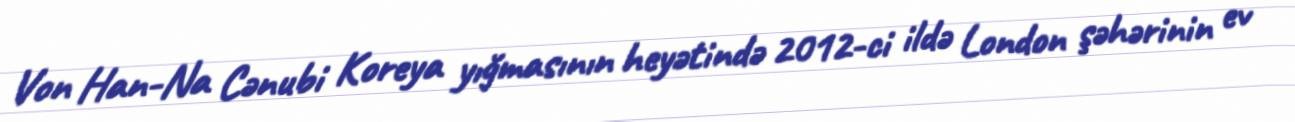
Von Han-Na Cənubi Koreya yığmasının heyətində 2012-ci ildə London şəhərinin ev